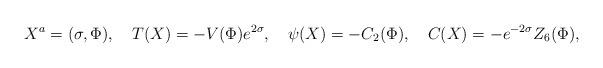
LaTeX: \begin{align*}X^a = (\sigma, \Phi), \ \ \ T(X)= - V(\Phi) e^{2\sigma},\ \ \ \psi (X) = -C_2(\Phi), \ \ \ C(X)= -e^{-2 \sigma} Z_6(\Phi),\end{align*}